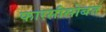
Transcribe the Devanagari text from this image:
फारसीसोबत